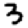
Digit: 3